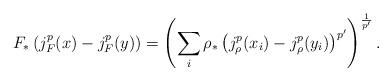
LaTeX: \begin{align*}F_{\ast} \left( j_{F}^{p}(x) - j_{F}^{p}(y) \right) = \left(\sum_{i} \rho_{\ast} \left( j_{\rho}^{p}(x_{i}) - j_{\rho}^{p}(y_{i}) \right)^{p^{\prime}} \right)^{\frac{1}{p^{\prime}}}.\end{align*}